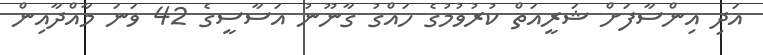
އަދި އިންސާފަށް ޝަރީއަތް ކުރުވުމުގެ ހައްގު ގާނޫނު އަސާސީގެ 42 ވަނަ މާއްދާއިން